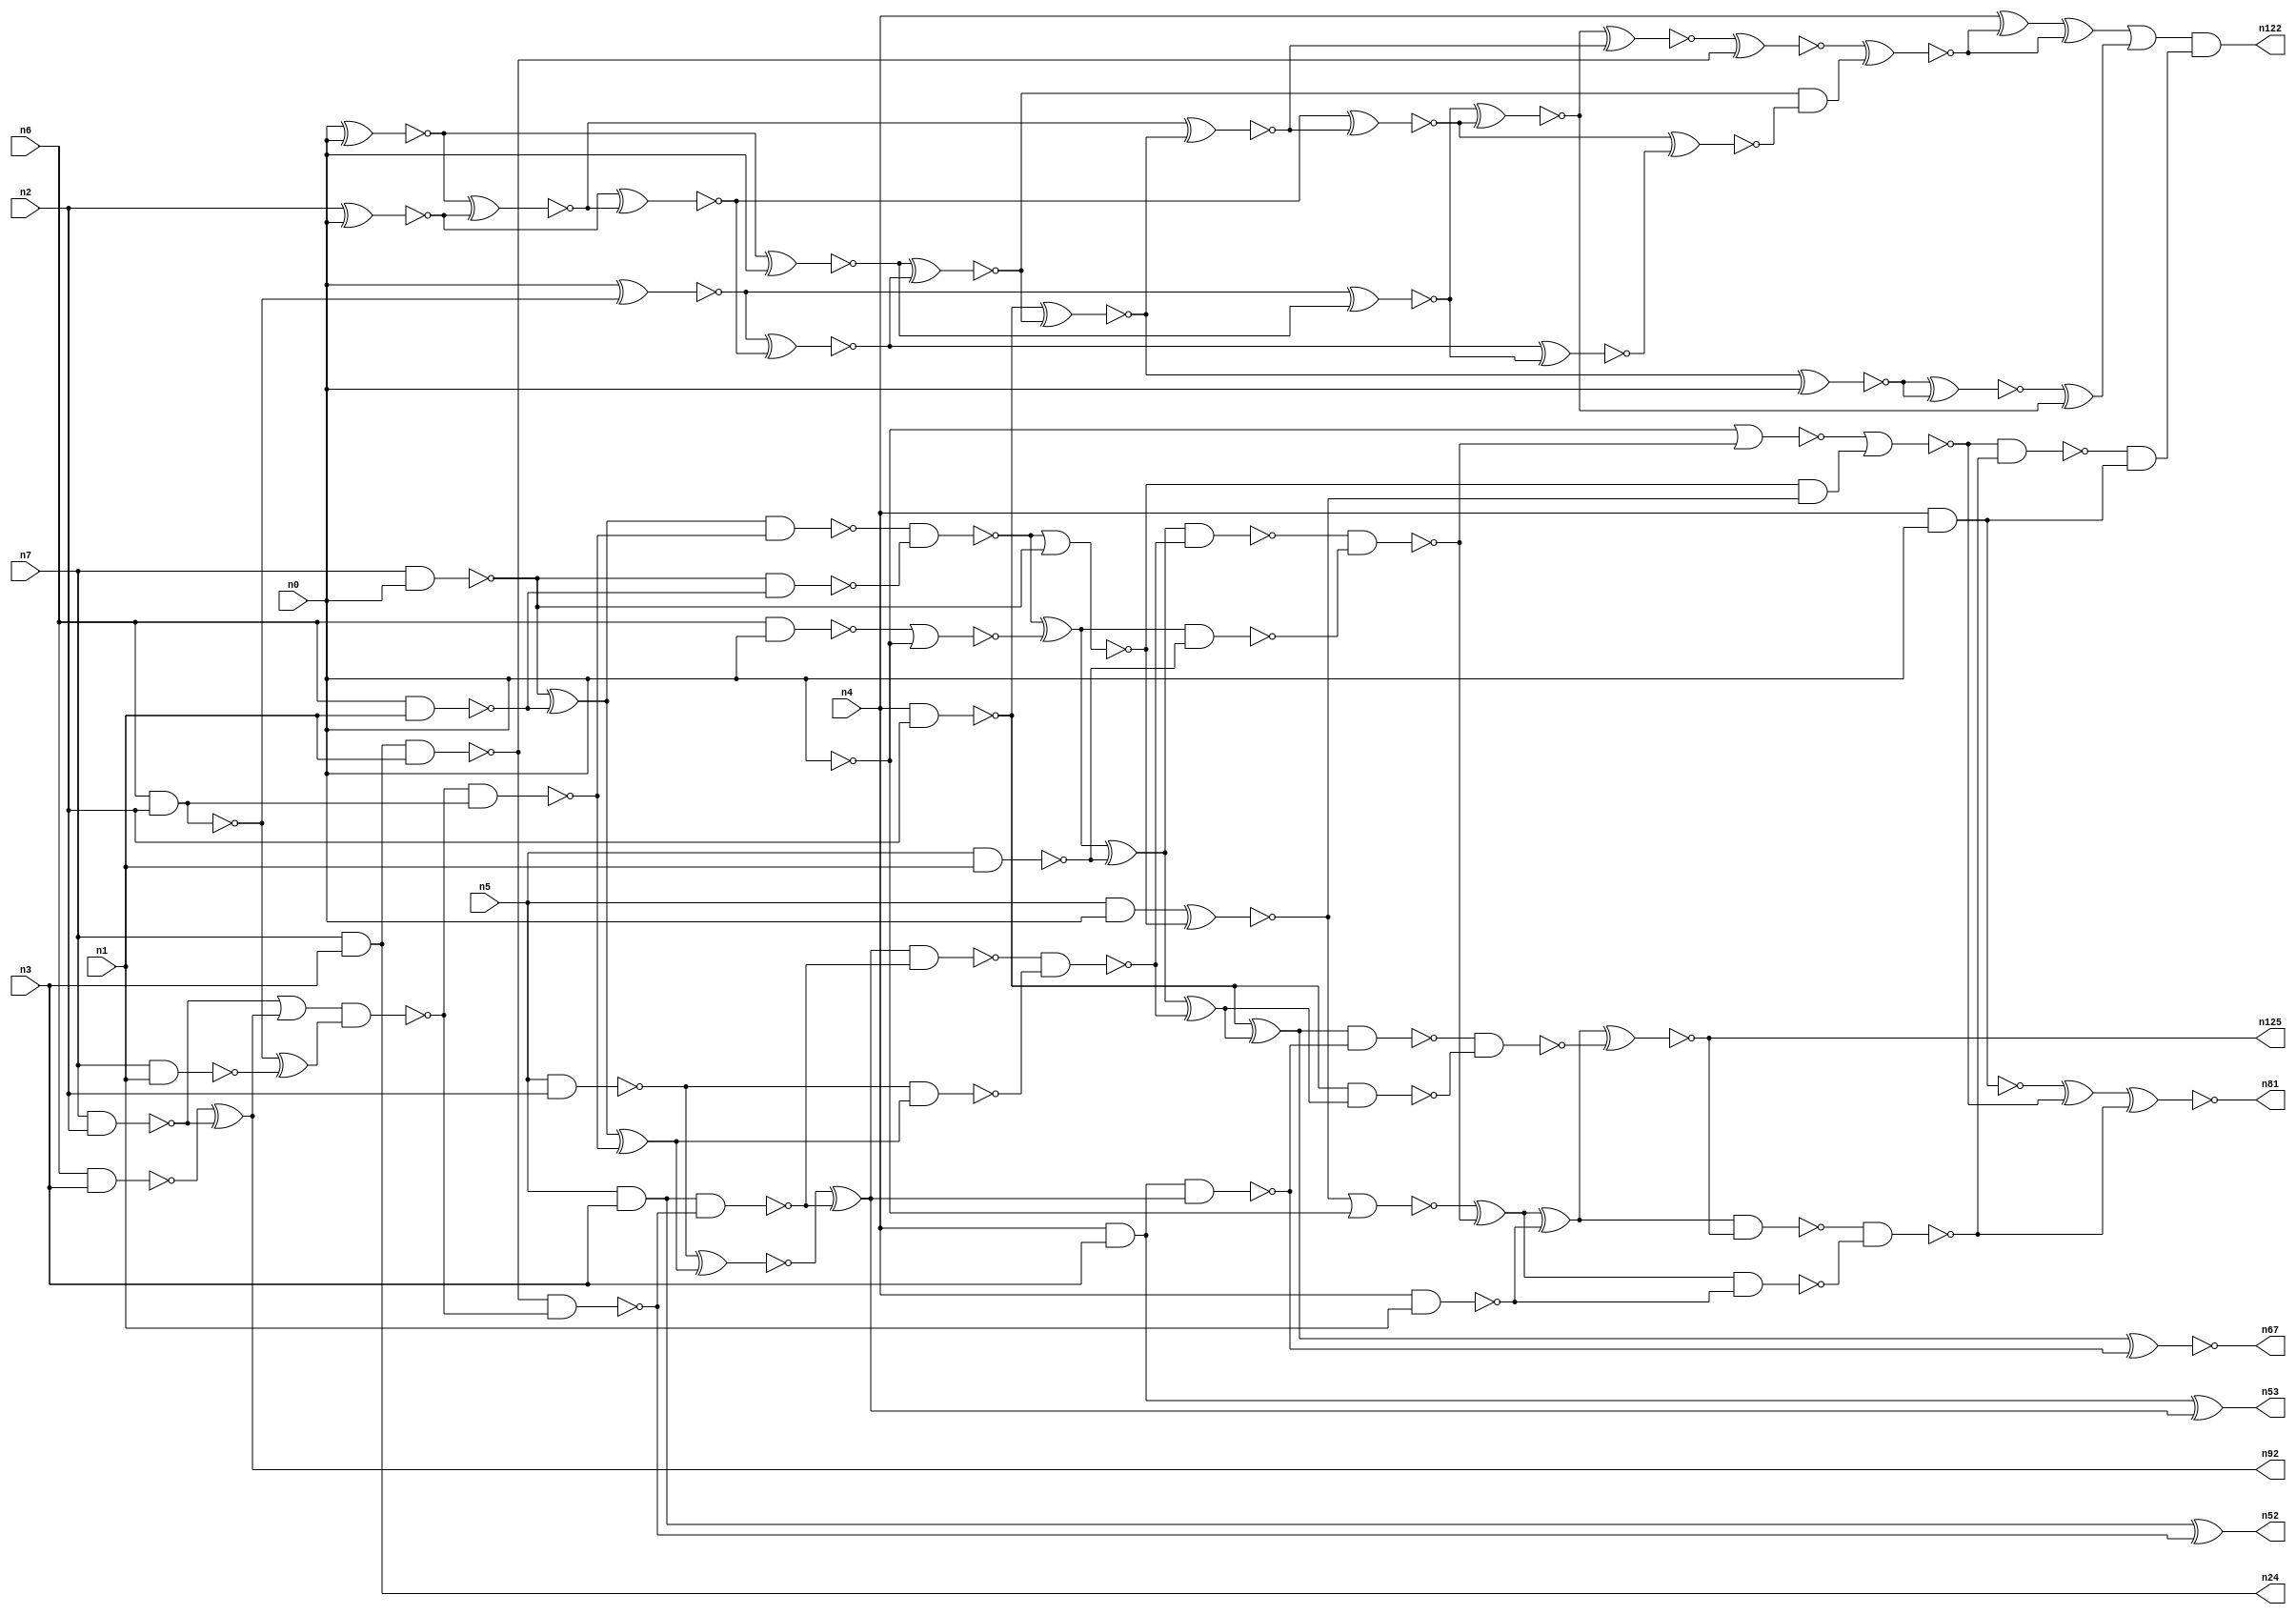
// This file contains a pareto-optimal circuit with respect to area and the fault-resilince parameter p_fault which is defined as:
// "For all input vectors, the ratio of the no. of faults observable at the POs to the no. of total possible faults in the circuit".
// This code is part of the ReCkt library (https://github.com/umar-afzaal/ReCkt) distributed under The MIT License.
// When used, please cite the following article(s):
// U. Afzaal, A.S. Hassan, M. Usman and J.A. Lee, "On the Evolutionary Synthesis of Increased Fault-resilience Arithmetic Circuits".

// p_fault = 64.0 %    (Lower is better)
// gates = 101.0
// levels = 20
// area = 138.45    (For MCNC library relative to nand2)
// power = 848.0 uW    (Berkely-SIS for MCNC library @ Vdd=5V and 20 MHz clock)
// delay = 33.3 ns    (Berkely-ABC for MCNC library)
// PDP = 2.82384e-11 J

// Pin mapping:
// {n0, n1, n2, n3} = A[3:0]
// {n4, n5, n6, n7} = B[3:0]
// {n122, n81, n125, n67, n53, n52, n92, n24} = O[7:0]

module mult4u_area_63 (
n0, n1, n2, n3, n4, n5, n6, n7, 
n122, n81, n125, n67, n53, n52, n92, n24
);

input n0, n1, n2, n3, n4, n5, n6, n7;
output n122, n81, n125, n67, n53, n52, n92, n24;
wire n95, n16, n73, n77, n26, n41, n40, n108, n38, n78, n76, n46, n50, n51, n83, n15, n66, n111, n36, n35, 
n18, n99, n32, n13, n21, n64, n94, n57, n65, n90, n33, n10, n17, n70, n93, n96, n116, n97, n61, n19, 
n58, n68, n74, n44, n20, n62, n60, n28, n89, n91, n59, n80, n100, n82, n27, n105, n79, n69, n45, n71, 
n98, n25, n14, n75, n43, n8, n88, n86, n39, n34, n37, n31, n112, n42, n56, n54, n12, n63, n30, n22, 
n110, n85, n11, n49, n29, n9, n72, n47, n55, n23, n87, n48, n84;

nand (n8, n4, n3);
and (n9, n5, n0);
nand (n10, n6, n1);
nand (n11, n5, n1);
nand (n12, n0, n0);
nand (n13, n6, n2);
nand (n14, n4, n1);
nand (n15, n7, n0);
nand (n16, n7, n1);
nand (n17, n7, n2);
nand (n18, n6, n3);
and (n19, n5, n3);
nand (n20, n6, n0);
nand (n21, n5, n2);
nand (n22, n4, n2);
nand (n23, n4, n0);
and (n24, n7, n3);
xor (n25, n15, n10);
xor (n26, n18, n17);
nand (n27, n15, n10);
nor (n28, n20, n12);
and (n29, n13, n13);
xor (n30, n13, n16);
or (n31, n17, n26);
nand (n32, n8, n8);
xnor (n33, n0, n29);
nand (n34, n24, n1);
nand (n35, n13, n29);
xnor (n36, n0, n0);
nand (n37, n31, n30);
nand (n38, n37, n35);
nand (n39, n34, n37);
nand (n40, n19, n39);
xor (n41, n25, n38);
nand (n42, n25, n38);
xnor (n43, n19, n39);
nand (n44, n21, n41);
and (n45, n40, n40);
nand (n46, n42, n27);
xnor (n47, n21, n41);
xor (n48, n47, n45);
nand (n49, n48, n40);
nor (n50, n46, n15);
xor (n51, n46, n28);
nand (n52, n43, n43);
xor (n53, n32, n48);
xnor (n54, n9, n50);
xor (n55, n51, n11);
nand (n56, n32, n48);
and (n57, n50, n54);
nand (n58, n51, n11);
nand (n59, n49, n44);
nor (n60, n54, n12);
xor (n61, n55, n59);
nand (n62, n55, n59);
nand (n63, n22, n61);
nand (n64, n0, n0);
nand (n65, n62, n58);
xor (n66, n22, n61);
xnor (n67, n66, n56);
xor (n68, n60, n65);
nand (n69, n66, n56);
nor (n70, n64, n65);
xor (n71, n68, n14);
nor (n72, n70, n57);
nand (n73, n68, n14);
nand (n74, n69, n63);
xnor (n75, n71, n74);
xor (n76, n23, n72);
nand (n77, n23, n23);
nand (n78, n71, n75);
nand (n79, n78, n73);
nand (n80, n72, n79);
xnor (n81, n76, n79);
and (n82, n80, n77);
xnor (n83, n2, n0);
xnor (n84, n36, n83);
xnor (n85, n83, n84);
xnor (n86, n33, n85);
xnor (n87, n36, n0);
xnor (n88, n87, n86);
xnor (n89, n22, n88);
xnor (n90, n89, n0);
xnor (n91, n33, n87);
and (n92, n26, n26);
xnor (n93, n84, n89);
xnor (n94, n85, n93);
xnor (n95, n86, n91);
xnor (n96, n91, n94);
xnor (n97, n90, n90);
xnor (n98, n94, n95);
and (n99, n88, n98);
xnor (n100, n96, n93);
xnor (n105, n100, n34);
xnor (n108, n105, n99);
xor (n110, n4, n108);
xor (n111, n110, n108);
xor (n112, n97, n96);
or (n116, n111, n112);
and (n122, n116, n82);
and (n125, n75, n75);

endmodule